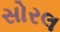
સોરલ